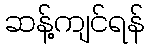
ဆန့်ကျင်ရန်